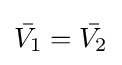
{\bar {V_{1}}}={\bar {V_{2}}}